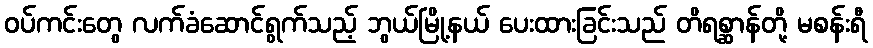
ဝပ်ကင်းတွေ လက်ခံဆောင်ရွက်သည့် ဘွယ်မြို့နယ် ပေးထားခြင်းသည် တိရစ္ဆာန်တို့ မစန်းရီ